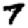
Digit: 7